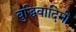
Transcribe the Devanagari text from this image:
बुद्धिवादिनी